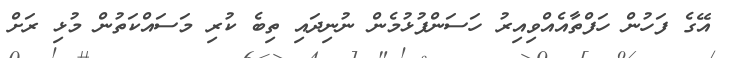
އޭގެ ފަހުން ހަފްތާއެއްވިއިރު ހަސަންފުޅުމެން ނުނިދައި ތިބެ ކުރި މަސައްކަތުން މުޅި ރަށް